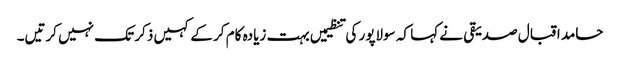
حامد اقبال صدیقی نے کہا کہ سولاپور کی تنظیمیں بہت زیادہ کام کر کے کہیں ذکر تک نہیں کرتیں۔